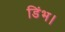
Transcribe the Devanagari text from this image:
डिंभ।